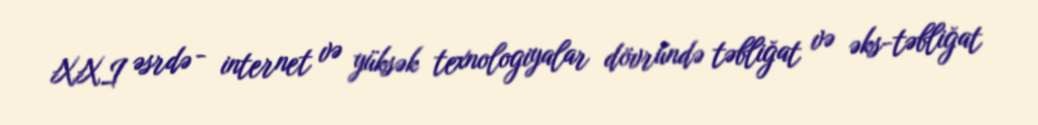
XXI əsrdə - internet və yüksək texnologiyalar dövründə təbliğat və əks-təbliğat